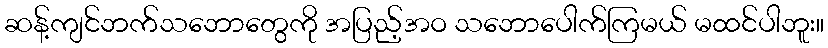
ဆန့်ကျင်ဘက်သဘောတွေကို အပြည့်အဝ သဘောပေါက်ကြမယ် မထင်ပါဘူး။